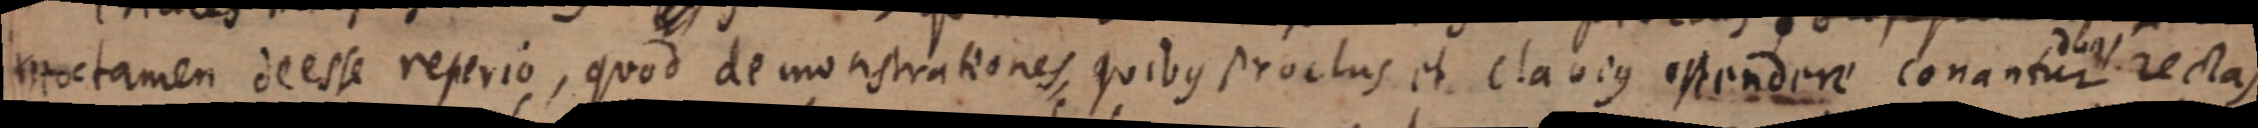
moctamen deesse reperio, quod demonstrationes, quibus proclus et clavius ostendere conantur duas rectas